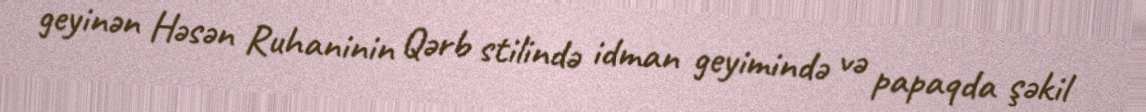
geyinən Həsən Ruhaninin Qərb stilində idman geyimində və papaqda şəkil